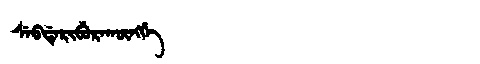
Manchu: ᠰᡝᠪᡩᡝᡵᡳᠪᡠᡵᠠᡴᡡᠩᡤᡝ
Romanization: SEBDERIBURAKŪNGGE